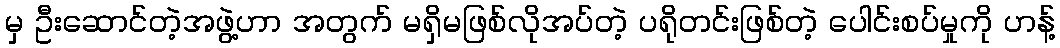
မှ ဦးဆောင်တဲ့အဖွဲ့ဟာ အတွက် မရှိမဖြစ်လိုအပ်တဲ့ ပရိုတင်းဖြစ်တဲ့ ပေါင်းစပ်မှုကို ဟန့်